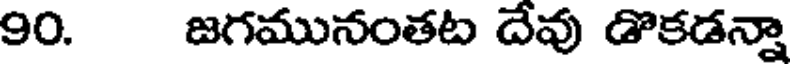
90. జగమునంతట దేవు డొకడన్నా